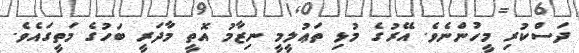
ދަސްކުރި މީހުންނެވެ. އޭރުގެ މުޅި ތަޢުލީމީ ނިޒާމު އޮތީ މާދަރީ ބަހުގެ މަތީގައެވެ.